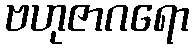
ဗဟုဇာဂရော